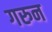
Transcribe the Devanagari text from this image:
गरुन